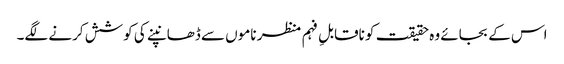
اس کے بجائے وہ حقیقت کو ناقابلِ فہم منظر ناموں سے ڈھانپنے کی کوشش کرنے لگے۔